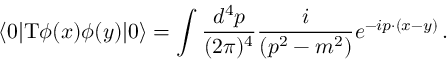
\langle 0 | \mathrm { T } \phi ( x ) \phi ( y ) | 0 \rangle = \int \frac { d ^ { 4 } p } { ( 2 \pi ) ^ { 4 } } \frac { i } { ( p ^ { 2 } - m ^ { 2 } ) } e ^ { - i p \cdot ( x - y ) } \, .